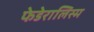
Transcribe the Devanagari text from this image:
फेडेरालिस्म